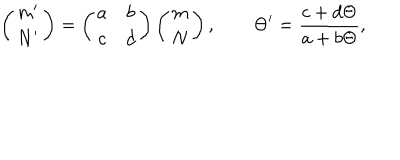
LaTeX: \left( \begin{array} { c } { { m ^ { \prime } } } \\ { { N ^ { \prime } } } \\ \end{array} \right) = \left( \begin{array} { c c } { { a } } & { { b } } \\ { { c } } & { { d } } \\ \end{array} \right) \left( \begin{array} { c } { { m } } \\ { { N } } \\ \end{array} \right) , \qquad \Theta ^ { \prime } = \frac { c + d \Theta } { a + b \Theta } ,